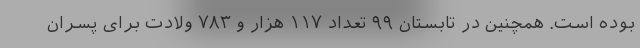
بوده است. همچنین در تابستان ۹۹ تعداد ۱۱۷ هزار و ۷۸۳ ولادت برای پسران